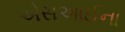
એસઆઈના